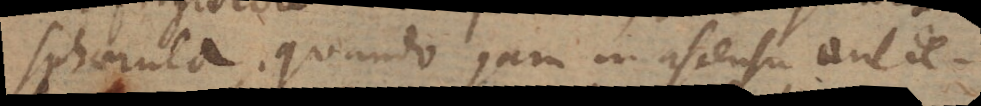
sphaerula. Quando jam in ascensu aut de